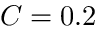
C = 0 . 2